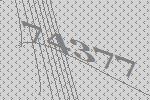
74377